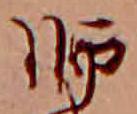
師